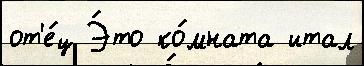
от'е́ц Э́то ко́мната итал